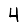
Digit: 4